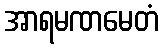
အာရမဏမေတံ